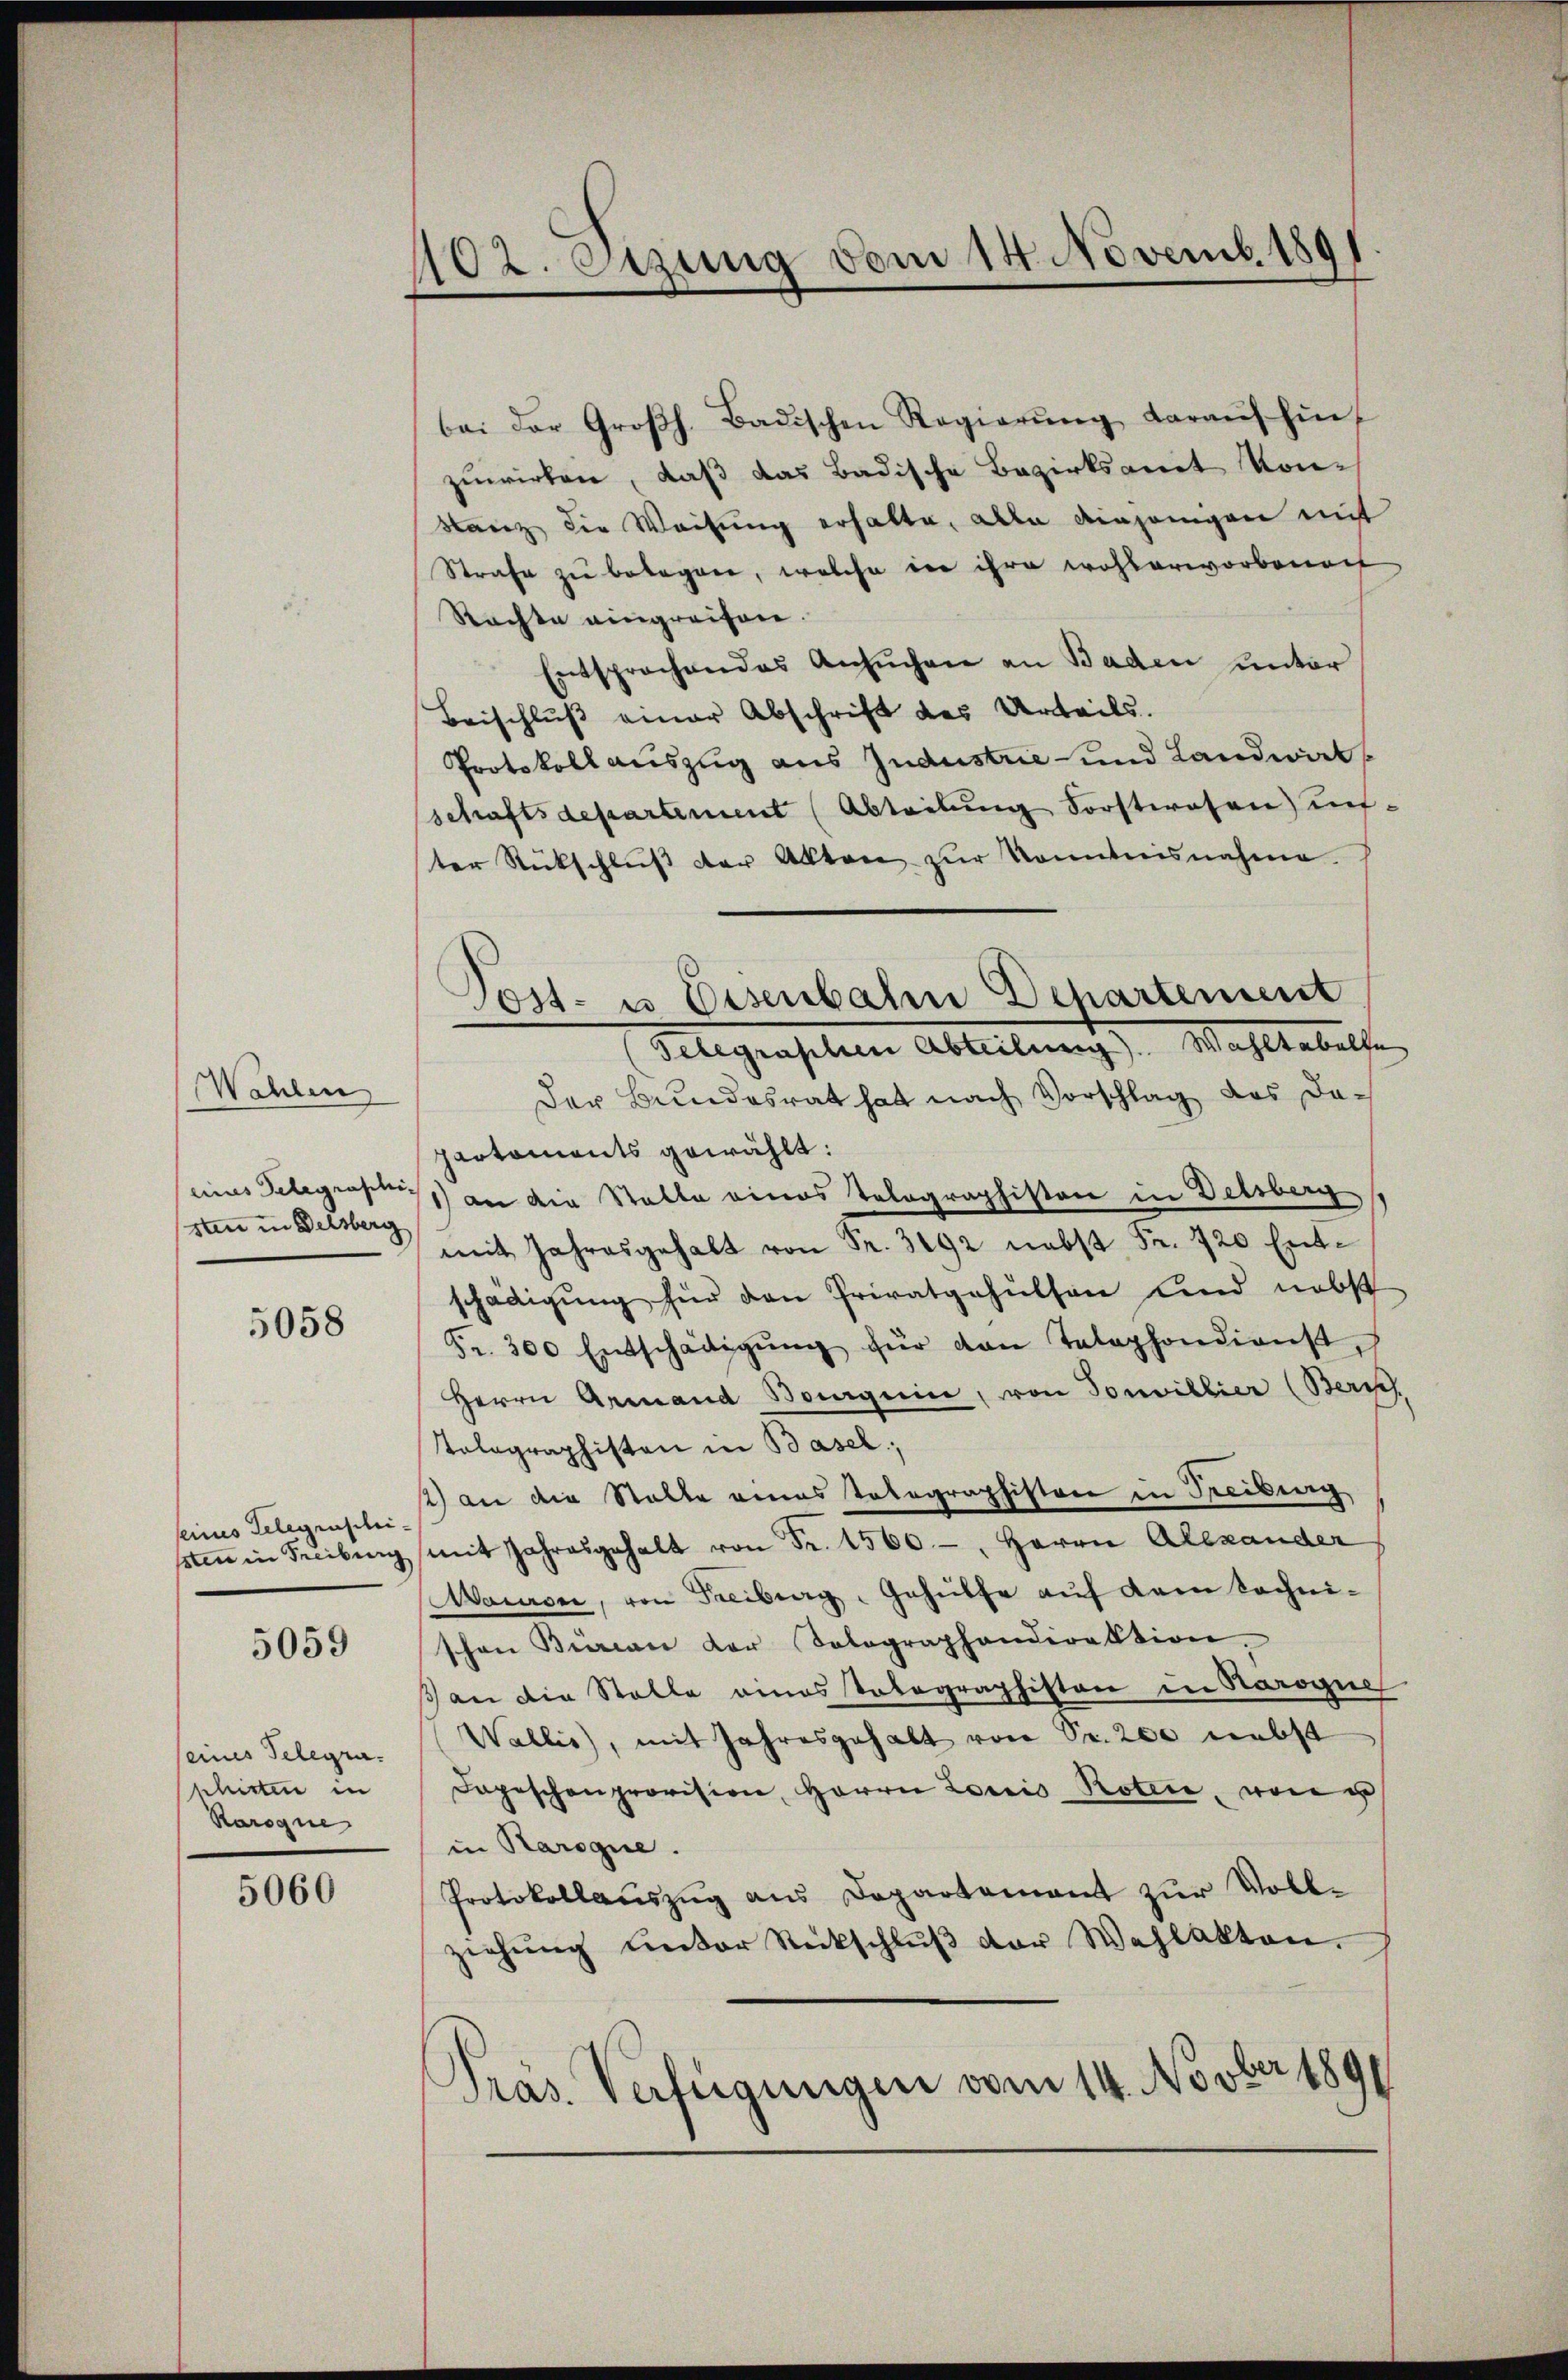
Wehlen
eines Telegraphi-
san in Delsberg

5058

seines Telegenscheissten in Freiburg

5059

seines Telegra
shirten in
Rarogne

5060

1102. Etzung vom 14. Novemb. 1891

bei der Großh. Badischen Regierŭng daraŭf hin
zuwirken, daß das Badische Bezirksamt Kon-
Sanz die Weisung erhalte, alle diejenigen mit
Strafe zu belagen, welche der ihre wohlerworbenach
Rachte eingreifen.
Entsprochendes Ansŭchen an Baden unter
Beischluß einer Abschrift des Urteils.
Protokoll auszug aus Judustrie und Landwälschaftsdepartement (Abteilung Forstwesen un-
ter Rückschlŭβ der Alten zŭr Kenntnisnahme.
Der Bundesrat hat nach Vorschlag das dapartements gewählt:
1) an die Statte eines Telegraphisten in Delsberg
mit Jahresgehalt von Fr. 3192 nebst Fr. 720 Entschädigung für den Privatgehülfen und nebst
Fr. 300 Entschädigŭng für von Telephondienst,
Herrn Armand Boguine, von Sonvillier (Zürich
tolographisten in Basel,
2) an die Stalle eines Telegraphisten in Treibung
mit Jahresgehalt von Fr. 1500.-, Herrn Alexander
Maiser, von Freiberg-Gehülfe auf dem Kochnischon Bureau der Salographendirektion,
an die Stelle eines totographiston in Karogue
Wallis, mit Jahresgehalt von Sr. 200 nebst
dapeschenprovision, Herrn Louis Roten, von
in Raroque.
Protokollauszug aus Departement zur Vollziehŭng ŭnter Rückschlŭβ der Wahlakten.
Pras. Verfügungen vom 14. Novber 1891

Post- u Eisenbahn Departement
Selegenselen Ablehnung, Mahllebelle